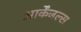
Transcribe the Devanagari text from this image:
आर्केंजल्स